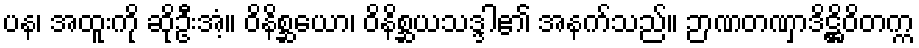
ပန၊ အထူးကို ဆိုဦးအံ့။ ဝိနိစ္ဆယော၊ ဝိနိစ္ဆယသဒ္ဒါ၏ အနက်သည်။ ဉာဏတဏှာဒိဋ္ဌိဝိတက္က